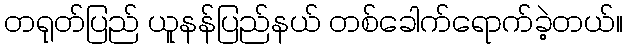
တရုတ်ပြည် ယူနန်ပြည်နယ် တစ်ခေါက်ရောက်ခဲ့တယ်။